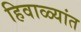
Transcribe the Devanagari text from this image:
हिवाळ्यांत